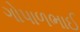
ગોપાળભાઈ